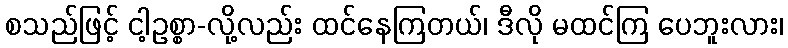
စသည်ဖြင့် ငါ့ဥစ္စာ-လို့လည်း ထင်နေကြတယ်၊ ဒီလို မထင်ကြ ပေဘူးလား၊